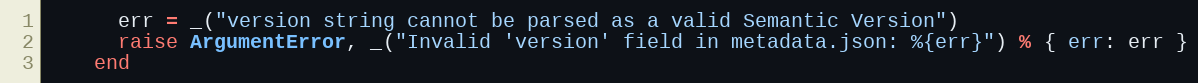
Language: Ruby
      err = _("version string cannot be parsed as a valid Semantic Version")
      raise ArgumentError, _("Invalid 'version' field in metadata.json: %{err}") % { err: err }
    end